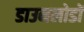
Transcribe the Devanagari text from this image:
डाउनलोडों